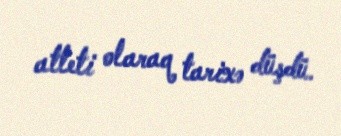
atleti olaraq tarixə düşdü.